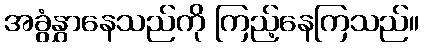
အခွံနွှာနေသည်ကို ကြည့်နေကြသည်။